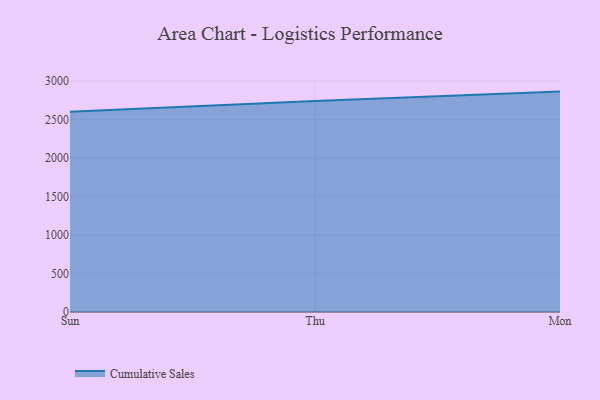
{"axis": {"x": "Day", "y": "Satisfaction Score"}, "legend": ["Cumulative Sales"], "data": [{"x": "Sun", "y": 2602.9, "type": "Cumulative Sales"}, {"x": "Thu", "y": 2741.3, "type": "Cumulative Sales"}, {"x": "Mon", "y": 2863.2, "type": "Cumulative Sales"}]}